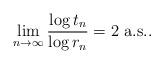
LaTeX: \begin{align*} \lim_{n \to \infty}\frac{\log t_n}{\log r_n} = 2 \mbox{ a.s..}\end{align*}